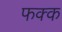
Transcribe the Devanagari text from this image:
फक्क